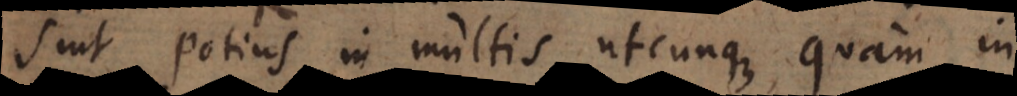
sint potius in multis utcunque, quam in